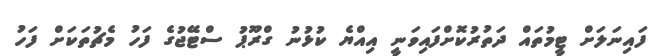
ފައިނަލަށް ޓީމުތައް ދަތުރުކޮށްފައިވަނީ އިއްޔެ ކުޅުނު ގްރޫޕު ސްޓޭޖުގެ ފަހު މެޗުތަކަށް ފަހު